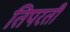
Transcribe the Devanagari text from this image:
तिपरती